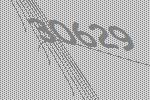
30629